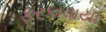
ફરકાવાયા